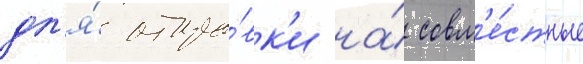
дл'я́ отпра́вк'и на́ совм'е́стные